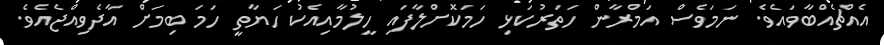
އެއްޗެއްބާވައެވެ. ނަމަވެސް އަމްރާން ހަތަރުކަޅި ހަމަކޮށްލާފައި ހީލުމާއިއެކު ހަޔާތީ ހަމަ ބިމަށް އާދެވިއްޖެއެވެ.